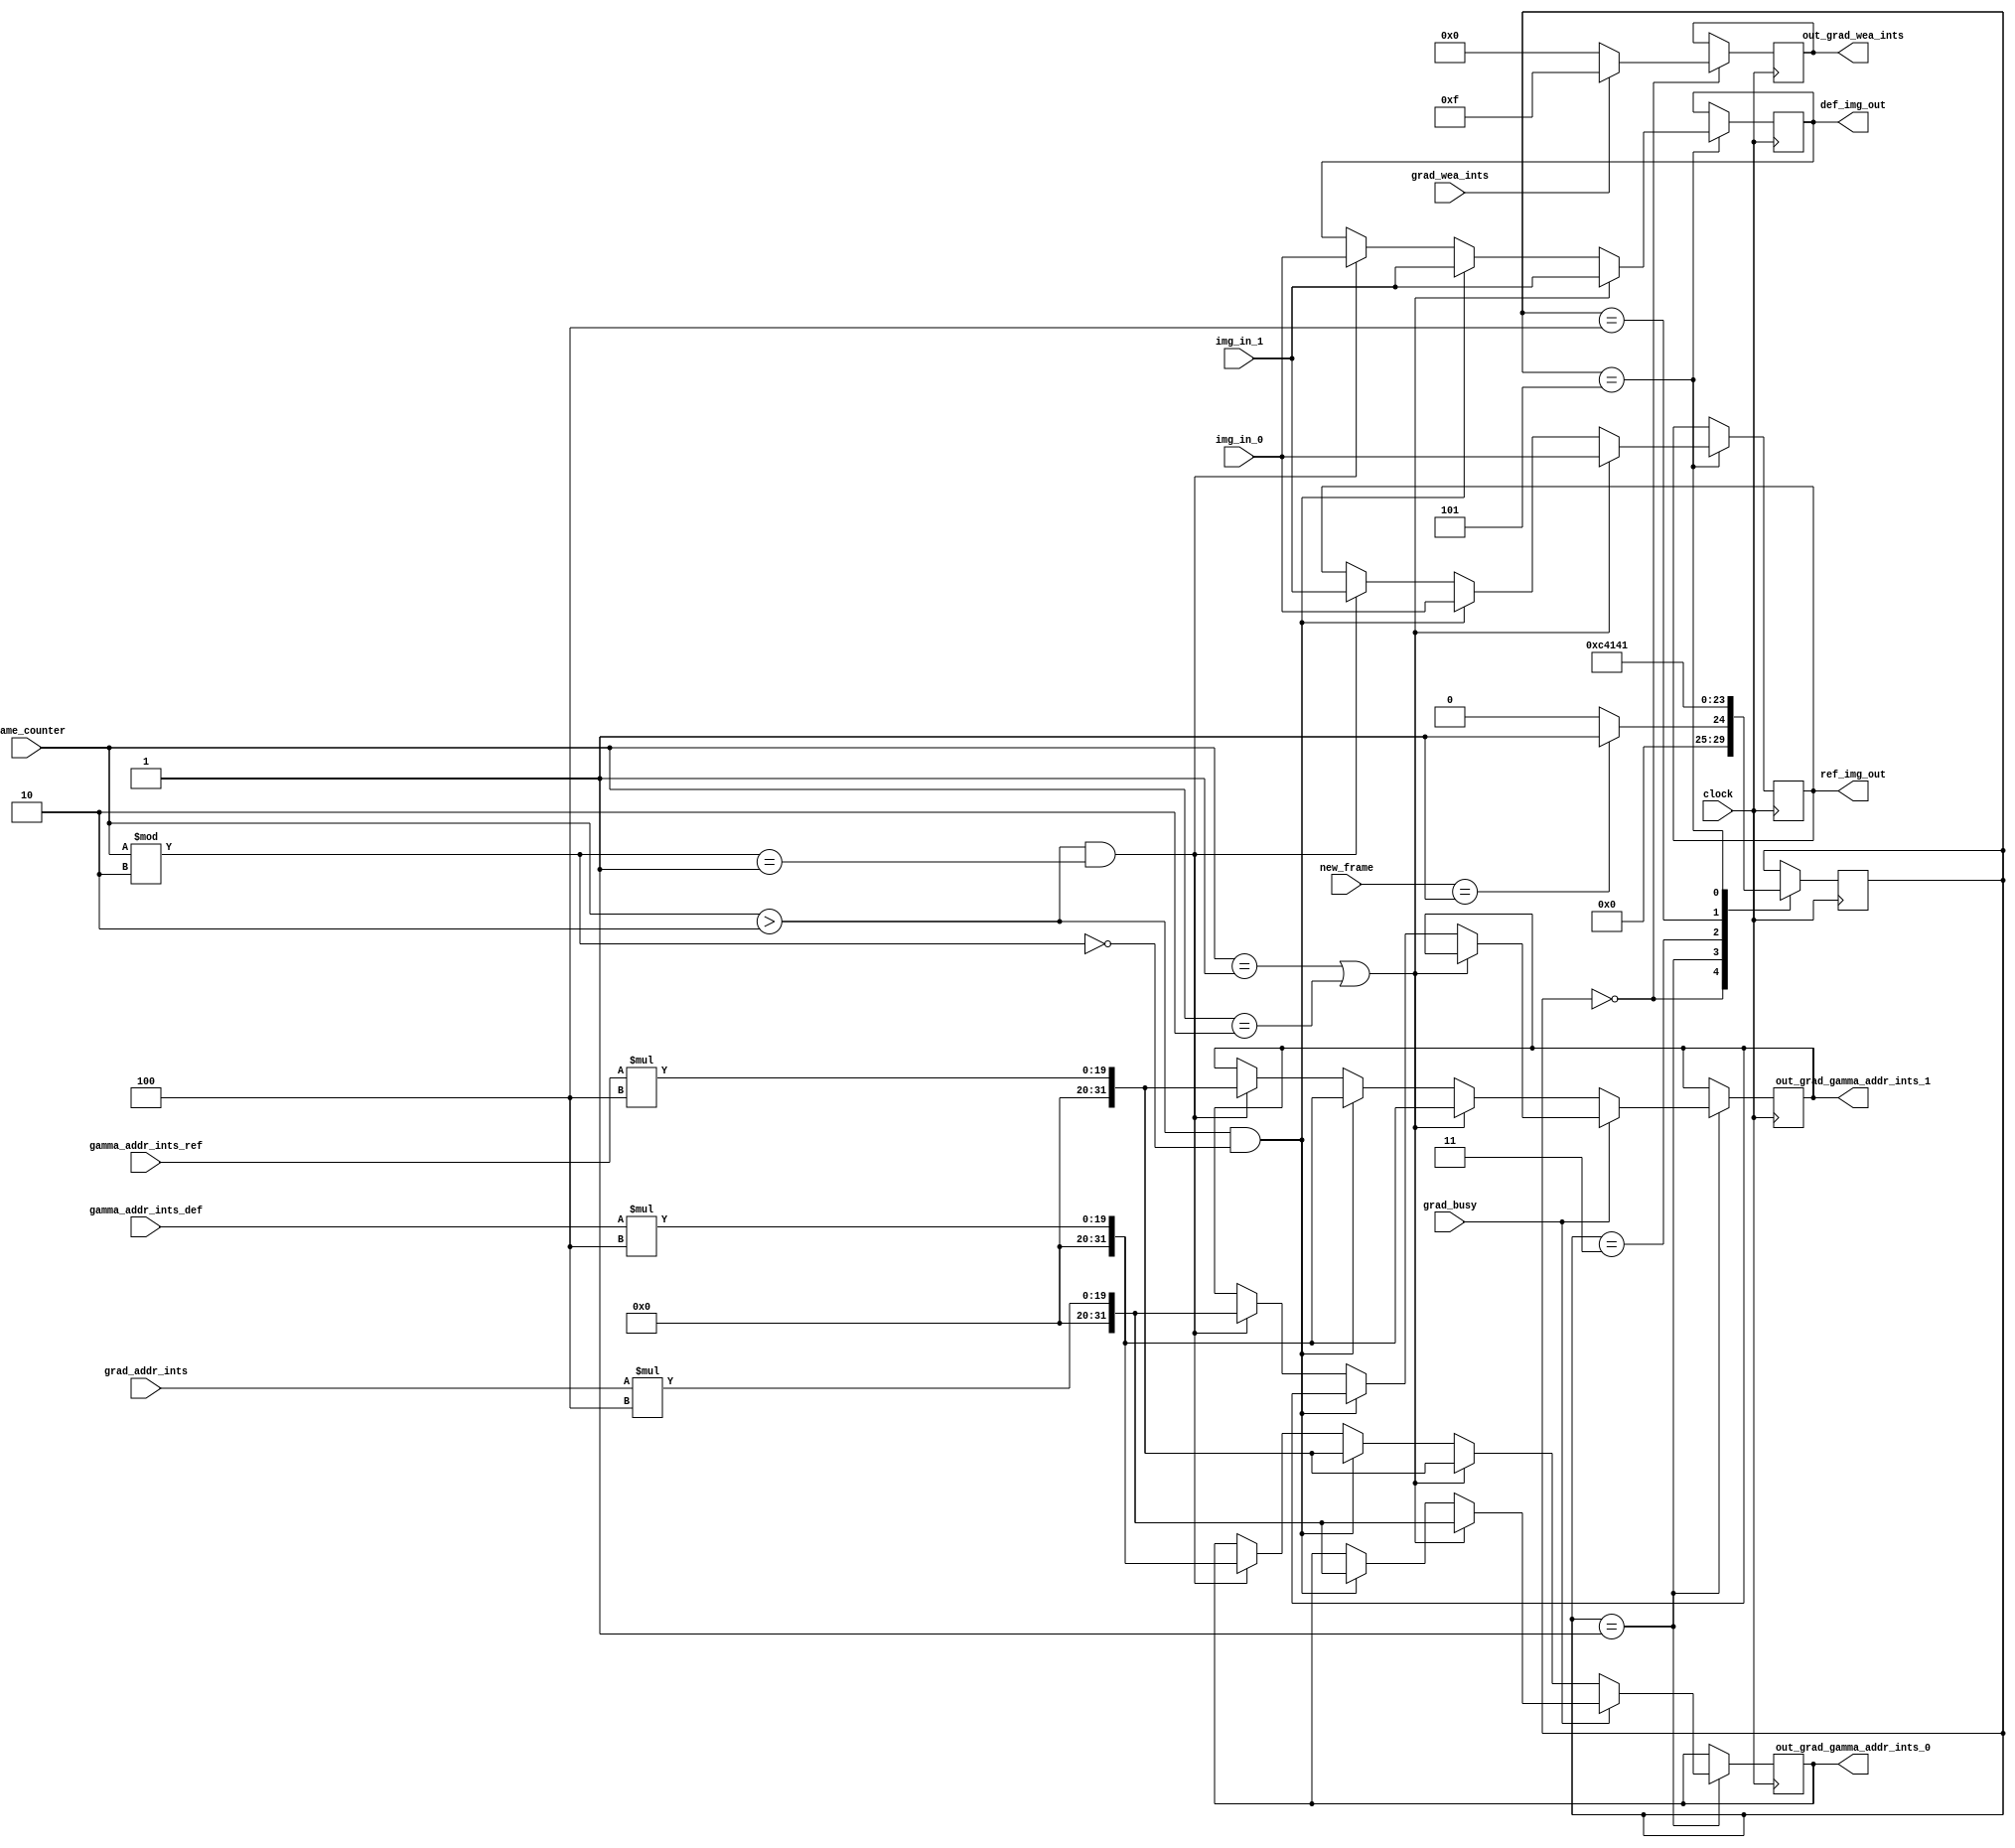
`timescale 1ns / 1ps

module Read_Write(
    input clock,
    input grad_busy,
    input grad_wea_ints,
    input [31:0] new_frame,
    input [16:0] grad_addr_ints,
    input [16:0] gamma_addr_ints_ref,
    input [16:0] gamma_addr_ints_def,
    input [31:0] frame_counter,
    input [31:0] img_in_0,
    input [31:0] img_in_1,
    output reg [31:0] ref_img_out,
    output reg [31:0] def_img_out,
    output reg [3:0] out_grad_wea_ints = 4'b0000,
    output reg [31:0] out_grad_gamma_addr_ints_0,
    output reg [31:0] out_grad_gamma_addr_ints_1
);
    
    reg waiting = 1'b0;
    reg [5:0] state = 6'b000000;
    
    always @(posedge clock)
    begin
        case(state)
        
        6'b000000:
        begin
            if(grad_wea_ints == 1'b1)
            begin
                out_grad_wea_ints = 4'b1111;
            end
            else
            begin
                out_grad_wea_ints = 4'b0000;
            end
            
            if(new_frame == 32'b1)
            begin
                state = 6'b000001;
                waiting = 1'b0;
            end
            else
            begin
                state = 6'b000000;
                waiting = 1'b1;
            end
        end

        6'b000001:
        begin
            // Read reference image to Gradients
            if(grad_busy == 1'b1)
            begin
                // BRAM_0 = Ref; BRAM_1 = Def
                if(frame_counter == 32'b1 || frame_counter == 32'b10)
                begin
                    out_grad_gamma_addr_ints_0 = grad_addr_ints * 4;
                end
                // BRAM_0 = Ref; BRAM_1 = Def
                else if(frame_counter > 32'b10 && frame_counter % 32'b10 == 32'b0)
                begin
                    out_grad_gamma_addr_ints_0 = grad_addr_ints * 4;
                end
                // BRAM_0 = Def; BRAM_1 = Ref
                else if(frame_counter > 32'b10 && frame_counter % 32'b10 == 32'b1)
                begin
                    out_grad_gamma_addr_ints_1 = grad_addr_ints * 4;
                end
            end
            
            // Read reference and deformed images to Gamma
            else
            begin
                // BRAM_0 = Ref; BRAM_1 = Def
                if(frame_counter == 32'b1 || frame_counter == 32'b10)
                begin
                    out_grad_gamma_addr_ints_0 = gamma_addr_ints_ref * 4;
                    out_grad_gamma_addr_ints_1 = gamma_addr_ints_def * 4;
                end
                // BRAM_0 = Ref; BRAM_1 = Def
                else if(frame_counter > 32'b10 && frame_counter % 32'b10 == 32'b0)
                begin
                    out_grad_gamma_addr_ints_0 = gamma_addr_ints_ref * 4;
                    out_grad_gamma_addr_ints_1 = gamma_addr_ints_def * 4;
                end
                // BRAM_0 = Def; BRAM_1 = Ref
                else if(frame_counter > 32'b10 && frame_counter % 32'b10 == 32'b1)
                begin
                    out_grad_gamma_addr_ints_0 = gamma_addr_ints_def * 4;
                    out_grad_gamma_addr_ints_1 = gamma_addr_ints_ref * 4;
                end
            end
        
            state = 6'b000011;
        end
        
        6'b000011:
        begin
            state = 6'b000100;
        end
        
        6'b000100:
        begin
            state = 6'b000101;
        end
        
        6'b000101:
        begin
            // Flip image data (original MUX)
            // BRAM_0 = Ref; BRAM_1 = Def
            if(frame_counter == 32'b1 || frame_counter == 32'b10)
            begin             
                ref_img_out[31:0] = img_in_0[31:0];
                def_img_out[31:0] = img_in_1[31:0];
            end
            // BRAM_0 = Ref; BRAM_1 = Def
            else if(frame_counter > 32'b10 && frame_counter % 32'b10 == 32'b0)
            begin
                ref_img_out[31:0] = img_in_0[31:0];
                def_img_out[31:0] = img_in_1[31:0];
            end
            // BRAM_0 = Def; BRAM_1 = Ref
            else if(frame_counter > 32'b10 && frame_counter % 32'b10 == 32'b1)
            begin
                ref_img_out[31:0] = img_in_1[31:0];
                def_img_out[31:0] = img_in_0[31:0];
            end
            state = 6'b000001;
        end
        
        endcase

    end
endmodule